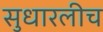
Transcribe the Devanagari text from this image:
सुधारलीच